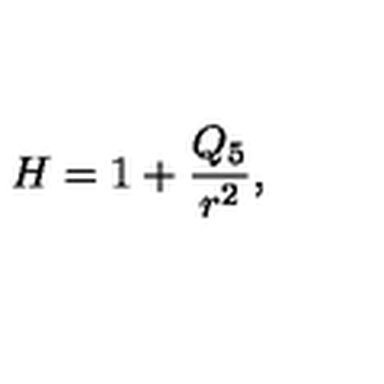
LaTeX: H = 1 + \frac { Q _ { 5 } } { r ^ { 2 } } ,